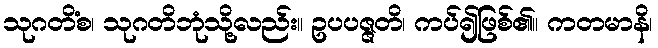
သုဂတိံစ၊ သုဂတိဘုံသို့လည်း။ ဥပပဇ္ဇတိ၊ ကပ်၍ဖြစ်၏။ ကတမာနိ၊